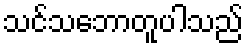
သင်သဘောတူပါသည်